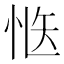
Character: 𭜱